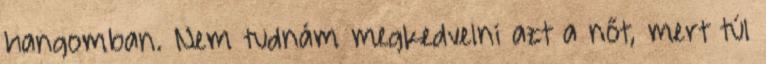
hangomban. Nem tudnám megkedvelni azt a nőt, mert túl